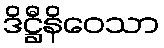
ဒိဋ္ဌီနိဝေသာ